38_143685_box7_Incident_Summaries_1-100
Agency: Department of War
Page 134
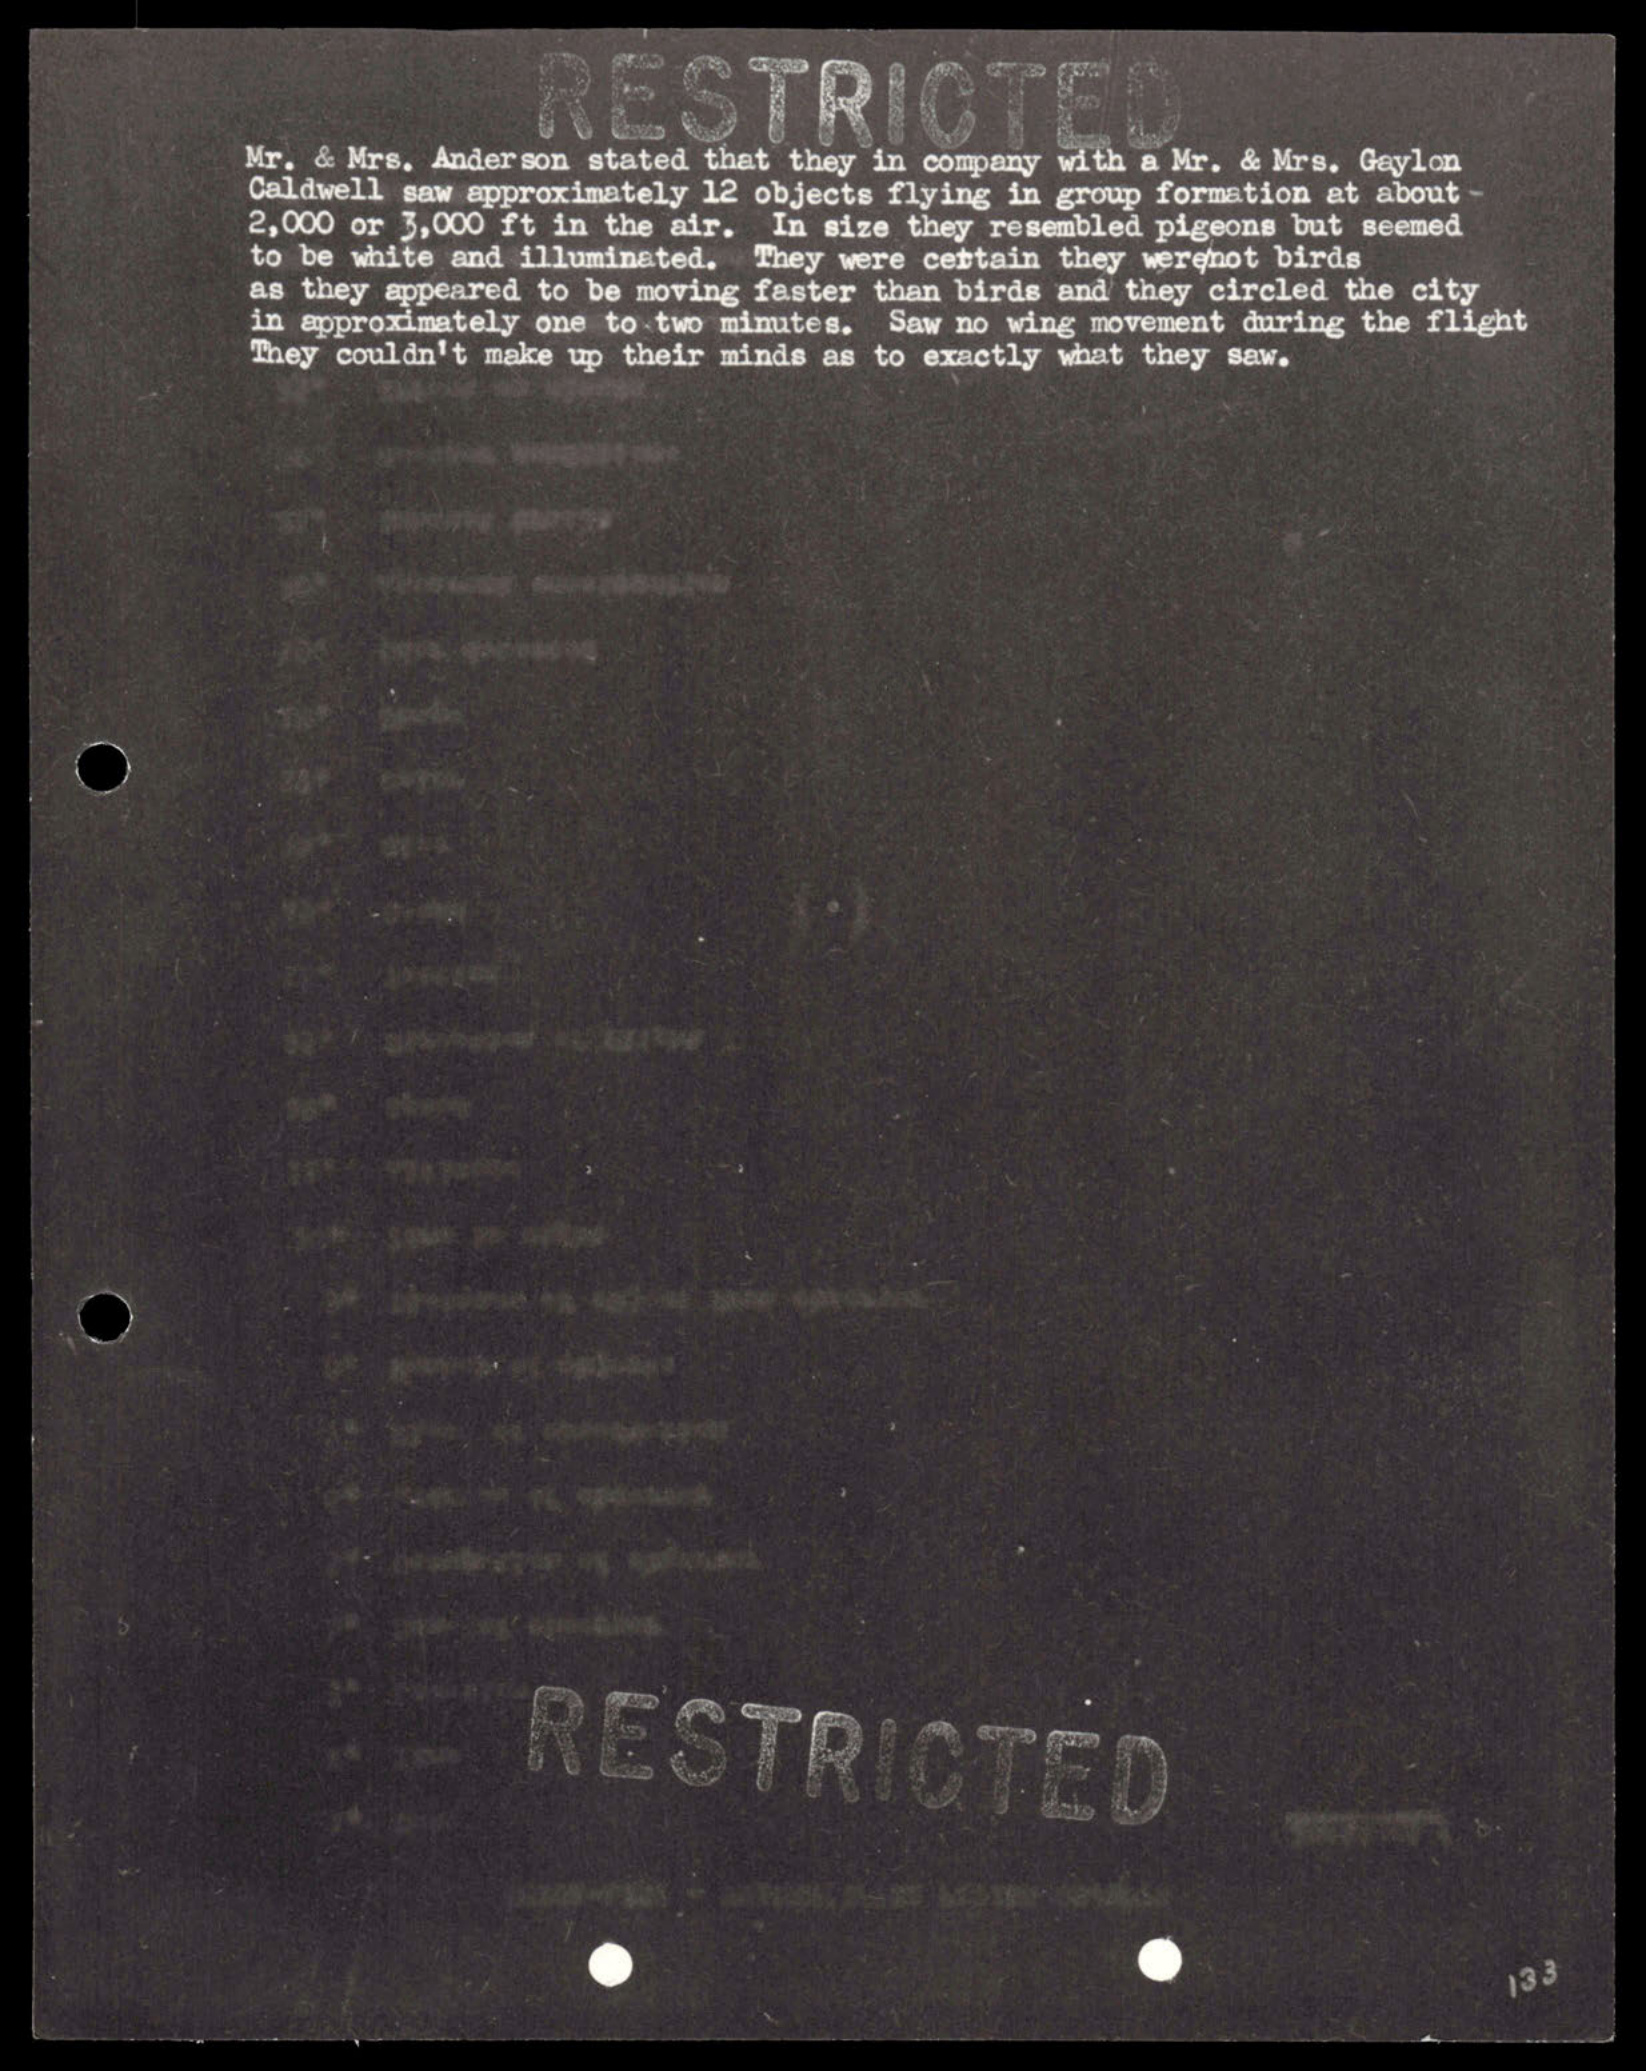